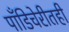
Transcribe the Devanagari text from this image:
पाँडिचेरीतही